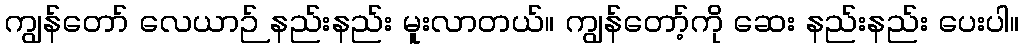
ကျွန်တော် လေယာဉ် နည်းနည်း မူးလာတယ်။ ကျွန်တော့်ကို ဆေး နည်းနည်း ပေးပါ။